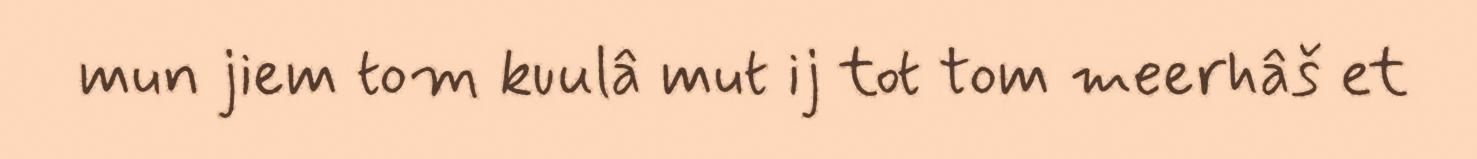
mun jiem tom kuulâ mut ij tot tom meerhâš et